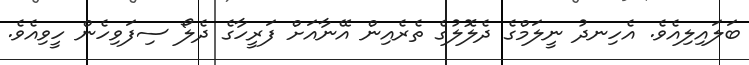
ބަލައިލިއެވެ. އެހިނދު ނީލަމްގެ ދެލޮލުގެ ތެރެއިން އޭނާއަށް ފަރީހާގެ ދެލޯ ސިފަވިހެން ހީވިއެވެ.